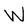
Character: W